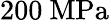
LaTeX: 200\ \mathrm{MPa}